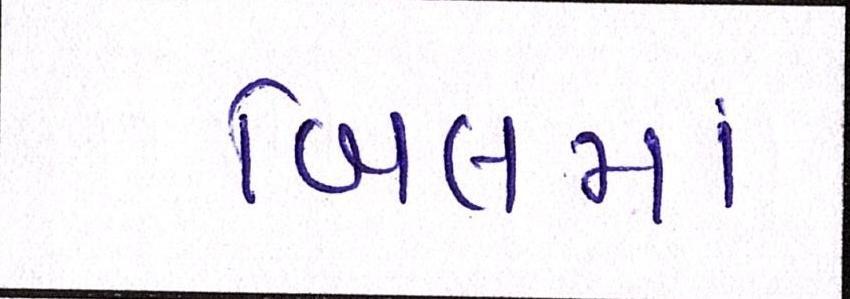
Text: બિલમાં